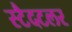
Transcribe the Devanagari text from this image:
स्टैदटलर